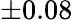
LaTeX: \pm 0.08